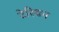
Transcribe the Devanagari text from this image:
टेरियन